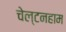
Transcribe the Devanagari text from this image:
चेल्टनहाम